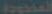
المحدودة